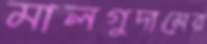
মালগুদামের